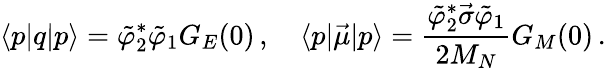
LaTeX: \langle p|q|p\rangle=\tilde{\varphi}_{2}^{\ast}\tilde{\varphi}_{1}G_{E}(0)\, ,\quad\langle p|\vec{\mu}|p\rangle=\frac{\tilde{\varphi}_{2}^{\ast}\vec{\sigma}\tilde{\varphi}_{1}}{2M_{N}}G_{M}(0)\, .